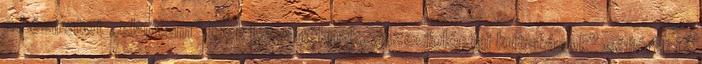
a kéziratot „eladtam” Elek Istvánéknak, „szociológiai kutatások” céljára, jó